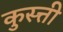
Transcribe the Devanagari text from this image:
कुस्त्ती